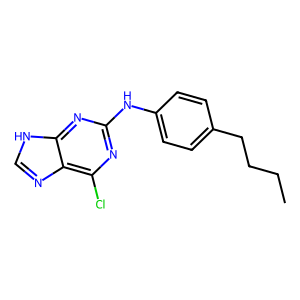
SMILES: CCCCc1ccc(Nc2nc(Cl)c3nc[nH]c3n2)cc1
Inhibits HIV replication: No